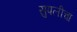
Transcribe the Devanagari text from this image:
सुपलीचा